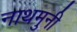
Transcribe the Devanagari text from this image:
नाथमुनी